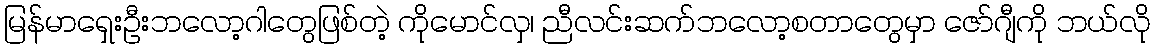
မြန်မာရှေးဦးဘလော့ဂါတွေဖြစ်တဲ့ ကိုမောင်လှ၊ ညီလင်းဆက်ဘလော့စတာတွေမှာ ဇော်ဂျီကို ဘယ်လို